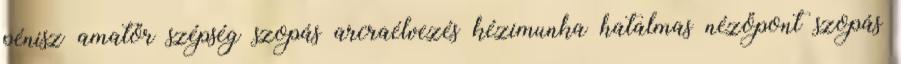
pénisz amatőr szépség szopás arcraélvezés kézimunka hatalmas nézőpont szopás